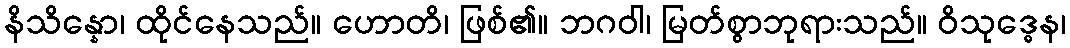
နိသိန္နော၊ ထိုင်နေသည်။ ဟောတိ၊ ဖြစ်၏။ ဘဂဝါ၊ မြတ်စွာဘုရားသည်။ ဝိသုဒ္ဓေန၊